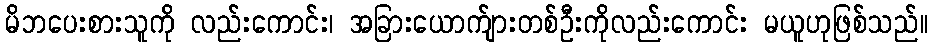
မိဘပေးစားသူကို လည်းကောင်း၊ အခြားယောက်ျားတစ်ဦးကိုလည်းကောင်း မယူဟုဖြစ်သည်။